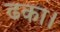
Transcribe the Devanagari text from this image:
ढका।